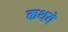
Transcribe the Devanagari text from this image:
कथये